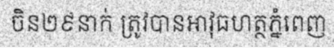
ចិន២៩នាក់ ត្រូវបានអាវុធហត្ថភ្នំពេញ